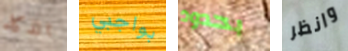
الذكاء بواجبي بحدود وانظر